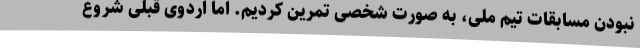
نبودن مسابقات تیم ملی، به صورت شخصی تمرین کردیم. اما اردوی قبلی شروع